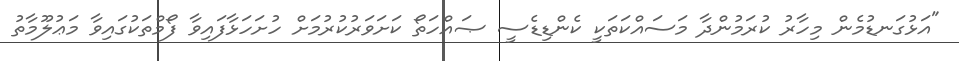
"އަޅުގަނޑުމެން މިހާރު ކުރަމުންދާ މަސައްކަތަކީ ކެންޑިޑެސީ ޞައްހަތޯ ކަށަވަރުކުރުމަށް ހުށަހަޅާފައިވާ ފޯމްތަކުގައިވާ މަޢުލޫމާތު